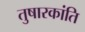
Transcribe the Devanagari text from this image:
तुषारकांति